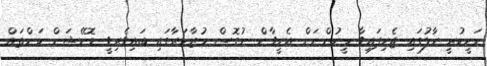
މަހީކުރީ ހާލުގައި ޖެހިފައިވާ މީހުންނަށް އެހީވާން ނުގޮސް މުޒާހަރާގައި ބައިވެރިވީ ޑޮނޭޝަން ކަންތައް